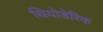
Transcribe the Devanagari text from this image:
थियोडेरिक